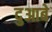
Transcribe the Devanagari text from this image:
दुआबे